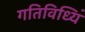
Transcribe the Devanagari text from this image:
गतिविध्यिं